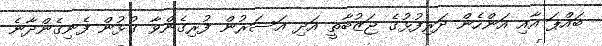
ބައްޕަ އާއި އަންހެން ދަރިފުޅުގެ ޖަޒުބާތީ އަދި އަސަރުން ފުރިގެންވާ ގުޅުން ފެނިގެންދާނެ